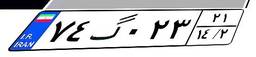
۷۴گ۰۲۳۲۱